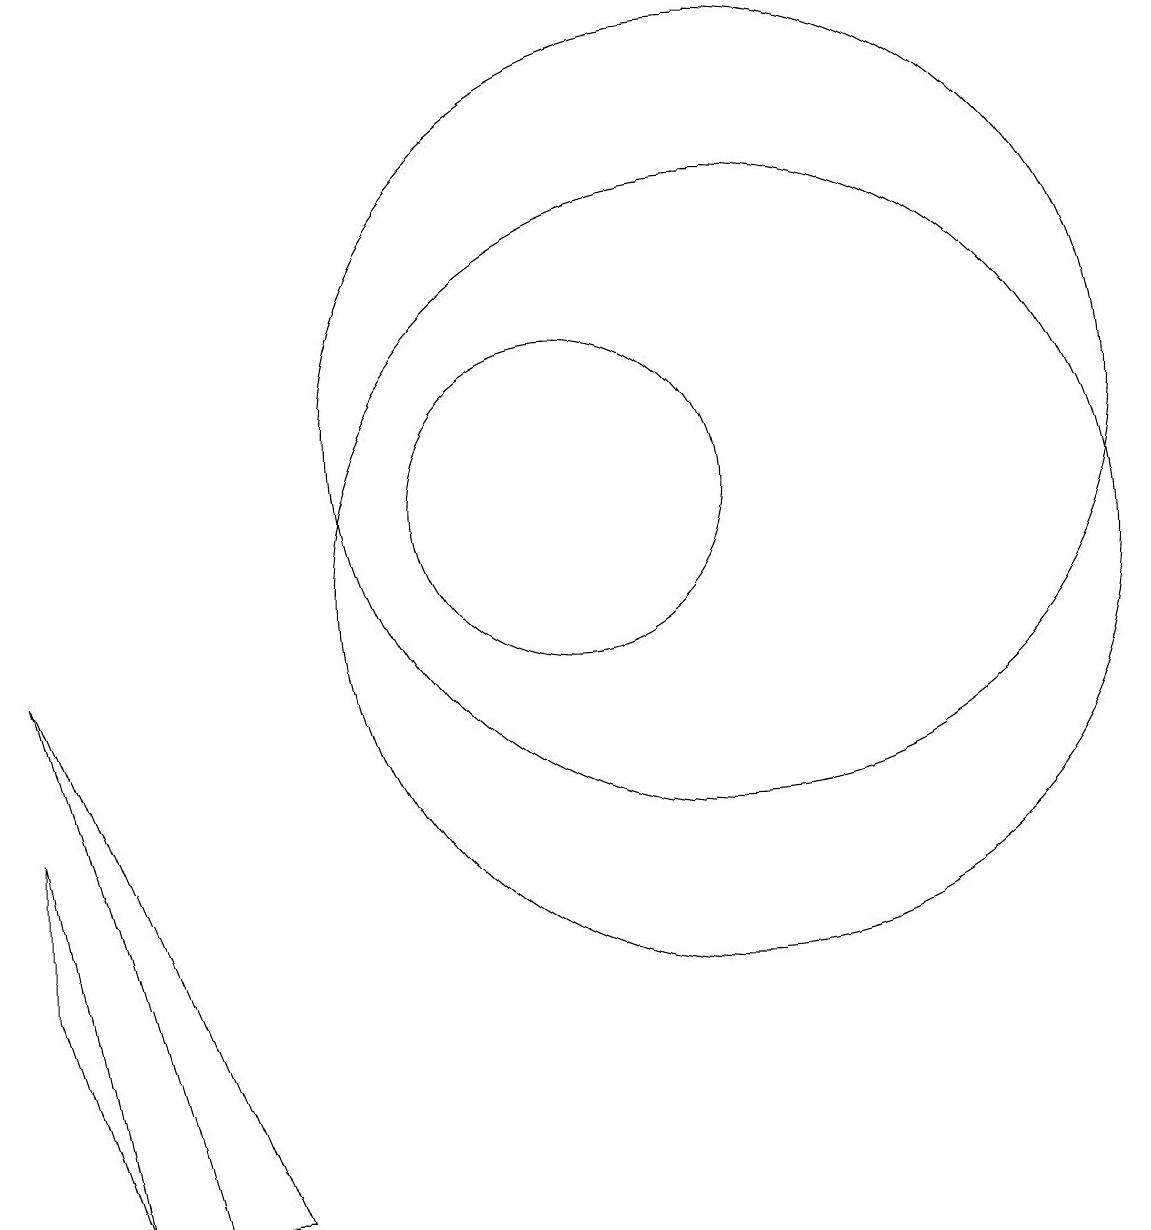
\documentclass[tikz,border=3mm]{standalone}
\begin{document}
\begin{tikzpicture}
\draw (12,12) circle (5);
\draw (11,11) circle (0);
\draw (12,10) circle (5);
\draw (4,2) -- (3,5) -- (3,7) -- cycle;
\draw (10,11) circle (2);
\draw (3,9) -- (6,2) -- (5,2) -- cycle;
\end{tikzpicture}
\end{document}